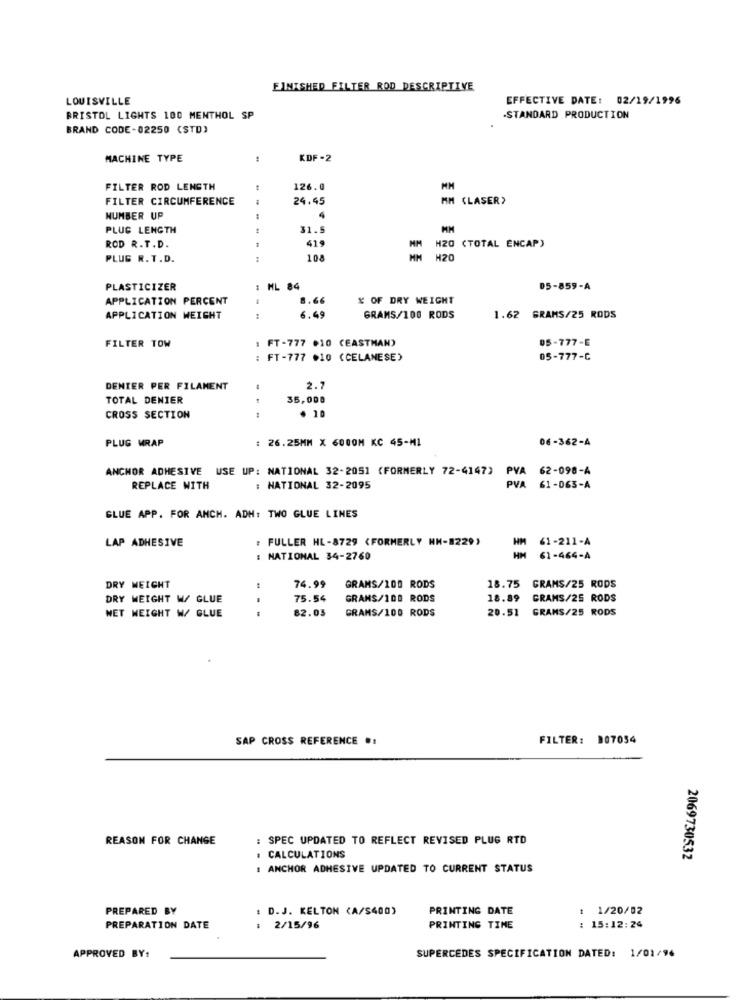
FINISHED FILTER ROD DESCRIPTIVE
LOUISVILLE
EFFECTIVE DATE: 02/19/1996
BRISTOL LIGHTS 100 MENTHOL SP
STANDARD PRODUCTION
BRAND CODE-02250 (STD)
MACHINE TYPE
KDF-2
FILTER ROD LENGTH
126.0
FILTER CIRCUMFERENCE
24.45
MM (LASER>
NUMBER UP
4
PLUG LENGTH
31.
MM
419
H20 (TOTAL ENCAP)
ROD R.T.D.
PLUG R. T.D.
108
MM
H20
PLASTICIZER
: HL 84
05-859-A
APPLICATION PERCENT
1.66
X OF DRY WEIGHT
APPLICATION WEIGHT
6.49
GRAMS/100 RODS
1.62 GRAMS/25 RODS
FILTER TOW
FT-777 .10 (EASTMAN)
05-777-E
: FT-777 .10 (CELANESE)
05-777-C
DENIER PER FILAMENT
-
2.7
TOTAL DENIER
35,000
. 10
CROSS SECTION
PLUG WRAP
: 26.25MM X 6000M KC 45-M1
06-362-A
ANCHOR ADHESIVE USE UP: NATIONAL 32-2051 (FORMERLY 72-4147)
PVA 62-098-A
REPLACE WITH
: NATIONAL 32-2095
PVA 61-063-A
GLUE APP. FOR ANCH. ADH: TWO GLUE LINES
LAP ADHESIVE
: FULLER HL-8729 (FORMERLY HH-8229)
HM 61-211-A
: NATIONAL 34-2760
61-464-A
18.75
GRAMS/25 RODS
DRY WEIGHT
74.99
GRANS/100 RODS
DRY WEIGHT W/ GLUE
75.54
GRAMS/100 RODS
18.89
GRAMS/25 RODS
82.03
GRAMS/100 RODS
20.51 GRAMS/25 RODS
NET WEIGHT W/ GLUE
SAP CROSS REFERENCE .1
FILTER: 007034
REASON FOR CHANGE
: SPEC UPDATED TO REFLECT REVISED PLUG RTD
. CALCULATIONS
2069730532
: ANCHOR ADHESIVE UPDATED TO CURRENT STATUS
PREPARED BY
: D.J. KELTON (A/S400)
PRINTING DATE
1 1/20/02
PREPARATION DATE
2/15/96
PRINTING TIME
15:12:24
APPROVED BY:
SUPERCEDES SPECIFICATION DATED: 1/01/96